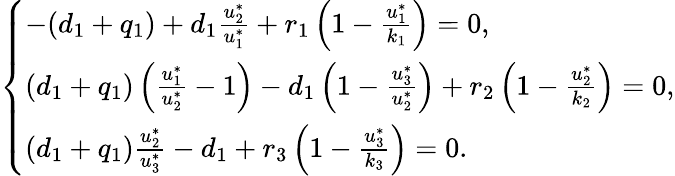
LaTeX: \left\{ \begin{array}{ll}{-(d_{1}+q_{1})+d_{1}\frac{u_{2}^{*}}{u_{1}^{*}}+r_{1}\left(1-\frac{u_{1}^{*}}{k_{1}}\right)=0,}\\ {(d_{1}+q_{1})\left(\frac{u_{1}^{*}}{u_{2}^{*}}-1\right)-d_{1}\left(1-\frac{u_{3}^{*}}{u_{2}^{*}}\right)+r_{2}\left(1-\frac{u_{2}^{*}}{k_{2}}\right)=0,}\\ {(d_{1}+q_{1})\frac{u_{2}^{*}}{u_{3}^{*}}-d_{1}+r_{3}\left(1-\frac{u_{3}^{*}}{k_{3}}\right)=0.}\end{array}\right.